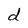
Character: d